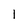
Character: 1